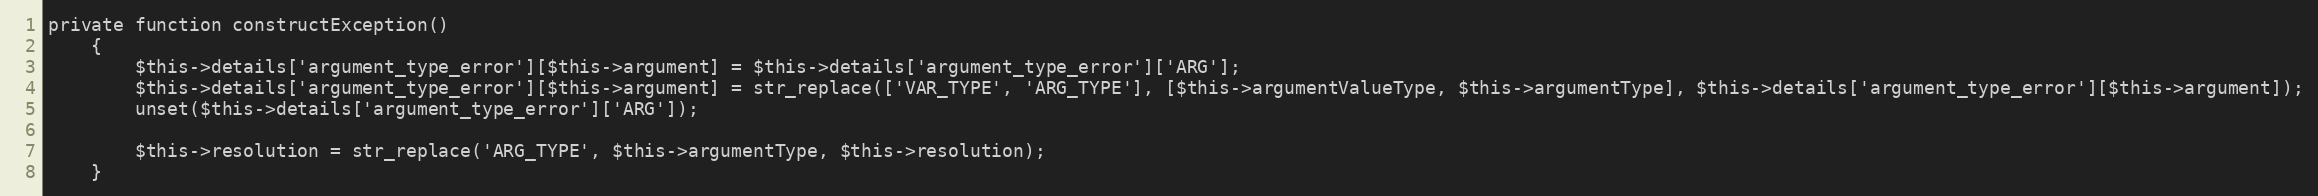
Language: PHP
private function constructException()
    {
        $this->details['argument_type_error'][$this->argument] = $this->details['argument_type_error']['ARG'];
        $this->details['argument_type_error'][$this->argument] = str_replace(['VAR_TYPE', 'ARG_TYPE'], [$this->argumentValueType, $this->argumentType], $this->details['argument_type_error'][$this->argument]);
        unset($this->details['argument_type_error']['ARG']);

        $this->resolution = str_replace('ARG_TYPE', $this->argumentType, $this->resolution);
    }